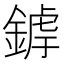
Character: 𨩜